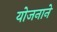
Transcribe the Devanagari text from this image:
योजनाने